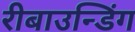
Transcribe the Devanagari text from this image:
रीबाउन्डिंग